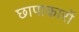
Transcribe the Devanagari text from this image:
छापाकारों